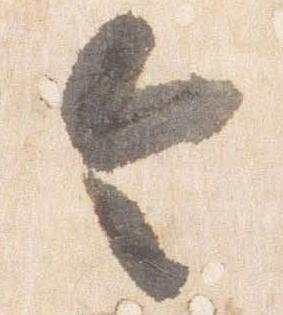
令